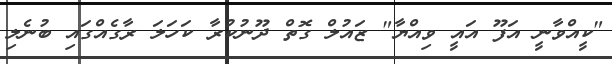
"ކީއްވާނީ އަފޫ އައީ ވިއްޔާ" ޒައުލް ގޮތް ދޫނުކުރާ ކަހަލަ ރާގެއްގައި ބުނެލި